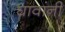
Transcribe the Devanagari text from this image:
घावांनी